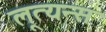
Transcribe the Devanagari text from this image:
लूत्यन्स